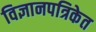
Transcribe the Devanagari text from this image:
विज्ञानपत्रिकेत